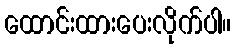
ထောင်းထားပေးလိုက်ပါ။